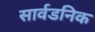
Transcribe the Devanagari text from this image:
सार्वडनिक